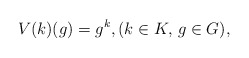
\begin{align*}V(k)(g) = g^k,(k\in K,\, g\in G),\end{align*}